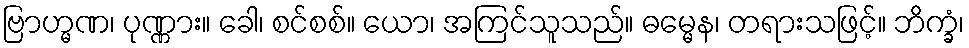
ဗြာဟ္မဏ၊ ပုဏ္ဏား။ ခေါ၊ စင်စစ်။ ယော၊ အကြင်သူသည်။ ဓမ္မေန၊ တရားသဖြင့်။ ဘိက္ခံ၊